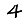
Digit: 4